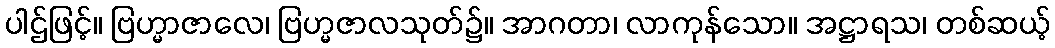
ပါဌ်ဖြင့်။ ဗြဟ္မာဇာလေ၊ ဗြဟ္မဇာလသုတ်၌။ အာဂတာ၊ လာကုန်သော။ အဋ္ဌာရသ၊ တစ်ဆယ့်